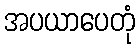
အပယာပေတုံ